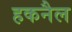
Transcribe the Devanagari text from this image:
हकनैल